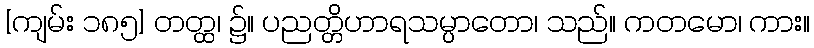
[ကျမ်း ၁၈၅] တတ္ထ၊ ၌။ ပညတ္တိဟာရသမ္ပာတော၊ သည်။ ကတမော၊ ကား။